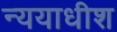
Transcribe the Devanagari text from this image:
न्ययाधीश